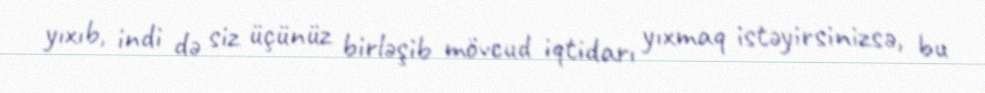
yıxıb, indi də siz üçünüz birləşib mövcud iqtidarı yıxmaq istəyirsinizsə, bu